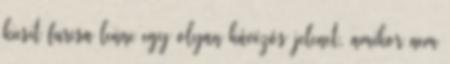
kicsit furcsa lenne egy olyan kávézós jelenet, amikor nem